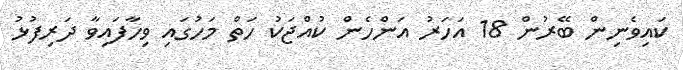
ކައިވެނިން ބޭރުން 18 އަހަރު އަންހެން ކުއްޖަކު ހަތް މަހުގައި ވިހާފައިވާ ދަރިފުޅު